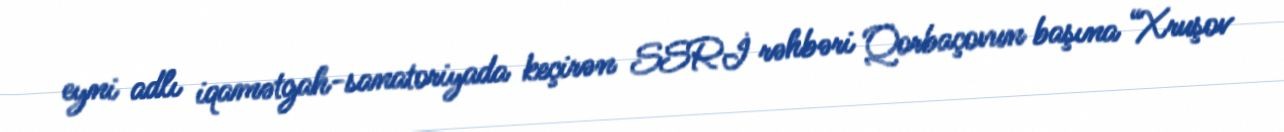
eyni adlı iqamətgah-sanatoriyada keçirən SSRİ rəhbəri Qorbaçovun başına “Xruşov